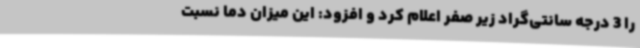
را 3 درجه سانتی‌گراد زیر صفر اعلام کرد و افزود: این میزان دما نسبت